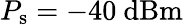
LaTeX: P_{\mathrm{s}}=-40~\mathrm{dBm}